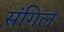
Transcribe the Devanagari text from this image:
संगिल